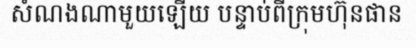
សំណងណាមួយឡើយ បន្ទាប់ពីក្រុមហ៊ុនផាន